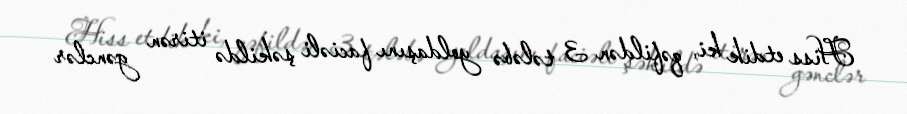
Hiss etdik ki, qəfildən 3 tələbə yoldaşını faciəli şəkildə itirən gənclər